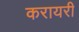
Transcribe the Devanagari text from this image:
करायरी